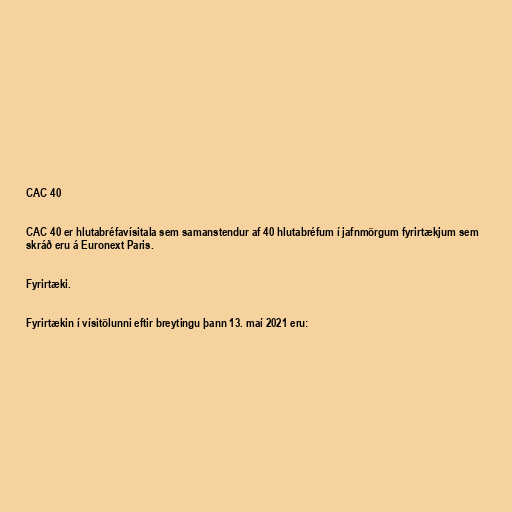
CAC 40

CAC 40 er hlutabréfavísitala sem samanstendur af 40 hlutabréfum í jafnmörgum fyrirtækjum sem
skráð eru á Euronext Paris.

Fyrirtæki.

Fyrirtækin í vísitölunni eftir breytingu þann 13. maí 2021 eru: